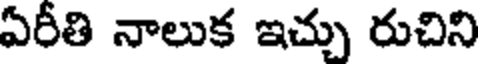
ఏరీతి నాలుక ఇచ్చు రుచిని